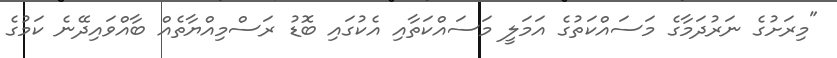
"މިރަށުގެ ނަރުދަމާގެ މަސައްކަތުގެ އަމަލީ މަސައްކަތާއި އެކުގައި ބޮޑު ރަސްމިއްޔާތެއް ބާއްވައިދޭނެ ކަމުގެ